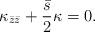
LaTeX: \begin{align*} \kappa_{\bar{z}\bar{z}}+ \frac{\bar{s}}{2} \kappa=0.\end{align*}